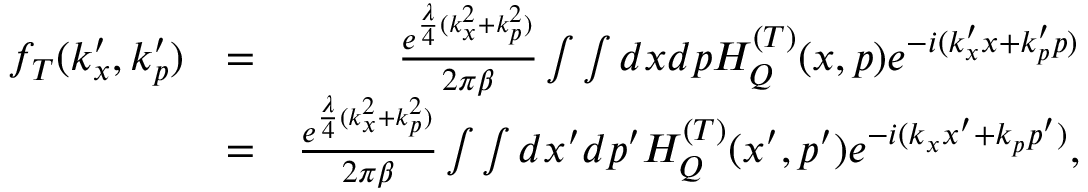
\begin{array} { r l r } { f _ { T } ( k _ { x } ^ { \prime } , k _ { p } ^ { \prime } ) } & { = } & { \frac { e ^ { \frac { \lambda } { 4 } ( k _ { x } ^ { 2 } + k _ { p } ^ { 2 } ) } } { 2 \pi \beta } \int \int d x d p H _ { Q } ^ { ( T ) } ( x , p ) e ^ { - i ( k _ { x } ^ { \prime } x + k _ { p } ^ { \prime } p ) } } \\ & { = } & { \frac { e ^ { \frac { \lambda } { 4 } ( k _ { x } ^ { 2 } + k _ { p } ^ { 2 } ) } } { 2 \pi \beta } \int \int d x ^ { \prime } d p ^ { \prime } H _ { Q } ^ { ( T ) } ( x ^ { \prime } , p ^ { \prime } ) e ^ { - i ( k _ { x } x ^ { \prime } + k _ { p } p ^ { \prime } ) } , } \end{array}